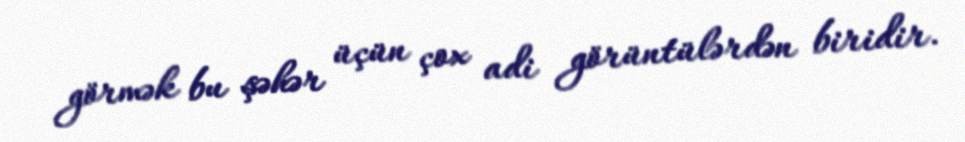
görmək bu şəhər üçün çox adi görüntülərdən biridir.